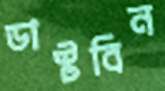
ডাস্টবিন